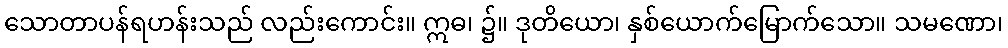
သောတာပန်ရဟန်းသည် လည်းကောင်း။ ဣဓ၊ ၌။ ဒုတိယော၊ နှစ်ယောက်မြောက်သော။ သမဏော၊